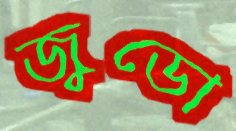
জুডো